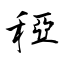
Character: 稏